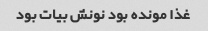
غذا مونده بود نونش بیات بود